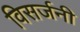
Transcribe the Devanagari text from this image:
विसर्जनी